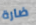
ضارة